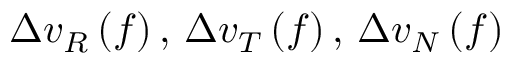
\Delta v _ { R } \left( f \right) , \, \Delta v _ { T } \left( f \right) , \, \Delta v _ { N } \left( f \right)